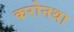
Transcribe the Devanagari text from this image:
करोनथा